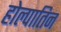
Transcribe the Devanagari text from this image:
होल्पातिन